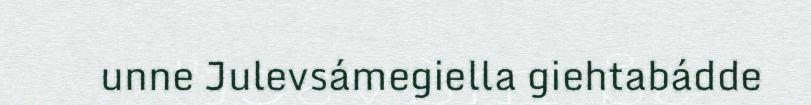
unne Julevsámegiella giehtabádde